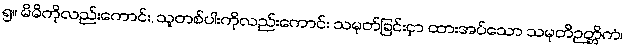
၅။ မိမိကိုလည်းကောင်း, သူတစ်ပါးကိုလည်းကောင်း သမုတ်ခြင်းငှာ ထားအပ်သော သမုတိဉတ္တိကံ၊